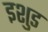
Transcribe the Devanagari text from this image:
इशुड